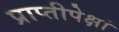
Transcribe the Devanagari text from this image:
प्राप्तीपेक्षां